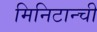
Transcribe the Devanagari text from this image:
मिनिटान्ची